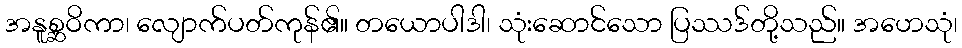
အနူစ္ဆဝိကာ၊ လျောက်ပတ်ကုန်၏။ တယောပါဒါ၊ သုံးဆောင်သော ပြဿဒ်တို့သည်။ အဟေသုံ၊